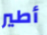
أطير